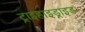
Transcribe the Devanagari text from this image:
ट्राइहाइड्राइड